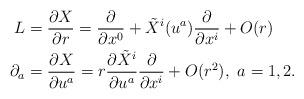
\begin{align*} L&=\frac{\partial X}{\partial r}=\frac{\partial}{\partial x^0}+\tilde{X}^i(u^a) \frac{\partial}{\partial x^i}+O(r)\\ \partial_a&=\frac{\partial X}{\partial u^a}=r\frac{\partial \tilde{X}^i}{\partial u^a}\frac{\partial}{\partial x^i}+O(r^2),\,\, a=1, 2.\end{align*}